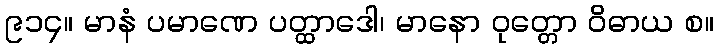
၉၁၄။ မာနံ ပမာဏေ ပတ္ထာဒေါ၊ မာနော ဝုတ္တော ဝိဓာယ စ။